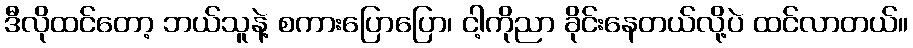
ဒီလိုထင်တော့ ဘယ်သူနဲ့ စကားပြောပြော၊ ငါ့ကိုညာ ခိုင်းနေတယ်လို့ပဲ ထင်လာတယ်။